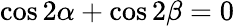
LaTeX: \cos 2\alpha+\cos 2\beta=0